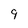
Character: 9